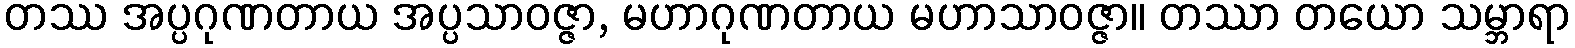
တဿ အပ္ပဂုဏတာယ အပ္ပသာဝဇ္ဇာ, မဟာဂုဏတာယ မဟာသာဝဇ္ဇာ။ တဿာ တယော သမ္ဘာရာ